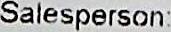
SALESPERSON: